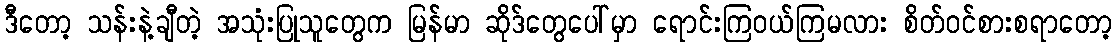
ဒီတော့ သန်းနဲ့ချီတဲ့ အသုံးပြုသူတွေက မြန်မာ ဆိုဒ်တွေပေါ်မှာ ရောင်းကြဝယ်ကြမလား စိတ်ဝင်စားစရာတော့